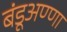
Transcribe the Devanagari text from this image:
बंडूअण्णा